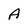
Character: A